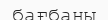
бағбаны